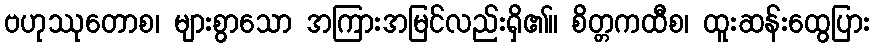
ဗဟုဿုတောစ၊ များစွာသော အကြားအမြင်လည်းရှိ၏။ စိတ္တကထီစ၊ ထူးဆန်းထွေပြား